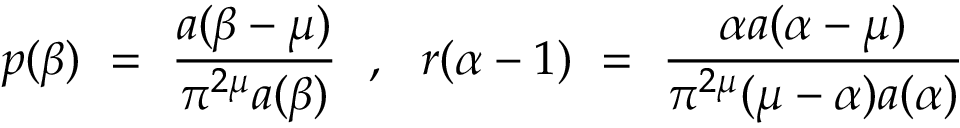
p ( \beta ) ~ = ~ \frac { a ( \beta - \mu ) } { \pi ^ { 2 \mu } a ( \beta ) } ~ ~ , ~ ~ r ( \alpha - 1 ) ~ = ~ \frac { \alpha a ( \alpha - \mu ) } { \pi ^ { 2 \mu } ( \mu - \alpha ) a ( \alpha ) }